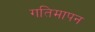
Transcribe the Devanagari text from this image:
गतिमापन